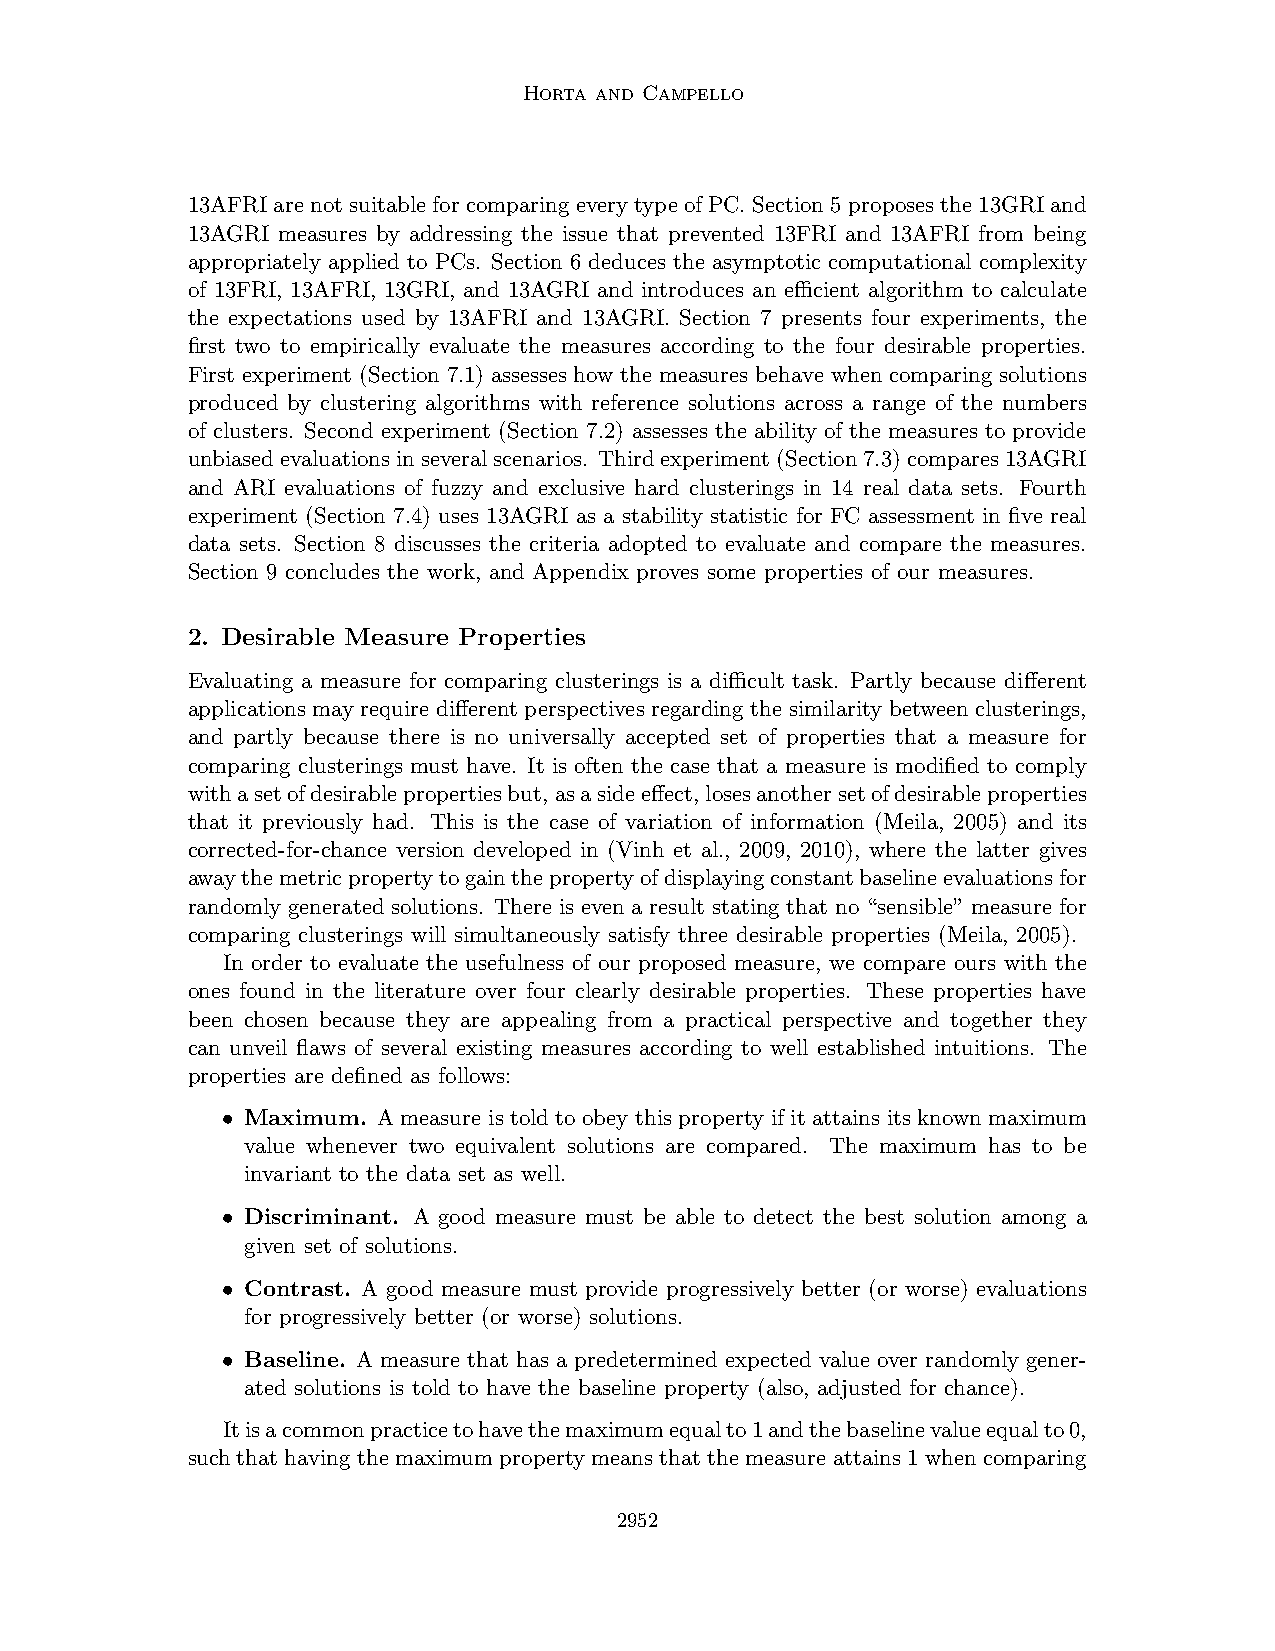
Horta and Campello
 13AFRI are not suitable for comparing every type of PC. Section 5 proposes the 13GRI and
 13AGRI measures by addressing the issue that prevented 13FRI and 13AFRI from being
 appropriately applied to PCs. Section 6 deduces the asymptotic computational complexity
 of 13FRI, 13AFRI, 13GRI, and 13AGRI and introduces an efficient algorithm to calculate
 the expectations used by 13AFRI and 13AGRI. Section 7 presents four experiments, the
 first two to empirically evaluate the measures according to the four desirable properties.
 First experiment (Section 7.1) assesses how the measures behave when comparing solutions
 produced by clustering algorithms with reference solutions across a range of the numbers
 of clusters. Second experiment (Section 7.2) assesses the ability of the measures to provide
 unbiasedevaluationsinseveralscenarios. Thirdexperiment(Section7.3)compares13AGRI
 and ARI evaluations of fuzzy and exclusive hard clusterings in 14 real data sets. Fourth
 experiment (Section 7.4) uses 13AGRI as a stability statistic for FC assessment in five real
 data sets. Section 8 discusses the criteria adopted to evaluate and compare the measures.
 Section 9 concludes the work, and Appendix proves some properties of our measures.
 2. Desirable Measure Properties
 Evaluating a measure for comparing clusterings is a difficult task. Partly because different
 applications may require different perspectives regarding the similarity between clusterings,
 and partly because there is no universally accepted set of properties that a measure for
 comparing clusterings must have. It is often the case that a measure is modified to comply
 withasetofdesirablepropertiesbut,asasideeffect,losesanothersetofdesirableproperties
 that it previously had. This is the case of variation of information (Meila, 2005) and its
 corrected-for-chance version developed in (Vinh et al., 2009, 2010), where the latter gives
 awaythemetricpropertytogainthepropertyofdisplayingconstantbaselineevaluationsfor
 randomly generated solutions. There is even a result stating that no “sensible” measure for
 comparing clusterings will simultaneously satisfy three desirable properties (Meila, 2005).
 In order to evaluate the usefulness of our proposed measure, we compare ours with the
 ones found in the literature over four clearly desirable properties. These properties have
 been chosen because they are appealing from a practical perspective and together they
 can unveil flaws of several existing measures according to well established intuitions. The
 properties are defined as follows:
 • Maximum. A measure is told to obey this property if it attains its known maximum
 value whenever two equivalent solutions are compared. The maximum has to be
 invariant to the data set as well.
 • Discriminant. A good measure must be able to detect the best solution among a
 given set of solutions.
 • Contrast. A good measure must provide progressively better (or worse) evaluations
 for progressively better (or worse) solutions.
 • Baseline. A measure that has a predetermined expected value over randomly gener-
 ated solutions is told to have the baseline property (also, adjusted for chance).
 Itisacommonpracticetohavethemaximumequalto1andthebaselinevalueequalto0,
 such that having the maximum property means that the measure attains 1 when comparing
 2952